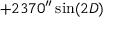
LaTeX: + 2 3 7 0 ^ { \prime \prime } \sin ( 2 D )